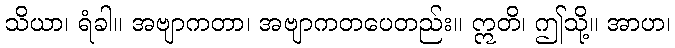
သိယာ၊ ရံခါ။ အဗျာကတာ၊ အဗျာကတပေတည်း။ ဣတိ၊ ဤသို့။ အာဟ၊